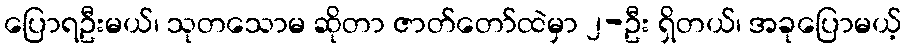
ပြောရဦးမယ်၊ သုတသောမ ဆိုတာ ဇာတ်တော်ထဲမှာ ၂-ဦး ရှိတယ်၊ အခုပြောမယ့်